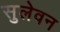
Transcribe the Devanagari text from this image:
सुलेवन